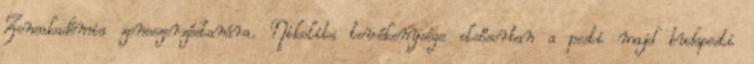
Zeneakadémia zeneszerzéstanára. Nikolits tevékenysége elsősorban a pesti majd budapesti